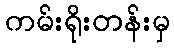
ကမ်းရိုးတန်းမှ